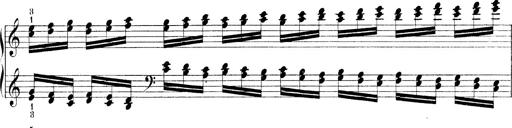
Title: Technische Studien
Composer: Franz Liszt